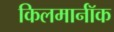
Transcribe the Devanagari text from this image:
किलमार्नॉक